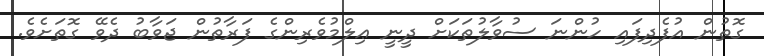
ގޮތުން އުފެދިފައި ހުންނަ ސުވާލުތަކަށް ދީނީ ޢިލްމުވެރިންގެ ފަރާތުން ޖަވާބު ދެވޭ ގޮތަށެވެ.